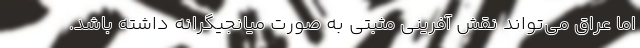
اما عراق می‌تواند نقش آفرینی مثبتی به صورت میانجیگرانه داشته باشد.